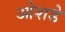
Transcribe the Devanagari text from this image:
ओशडे